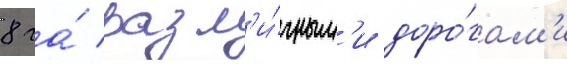
8 га́ разл'и́чным'и доро́гам'и